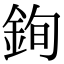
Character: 銁